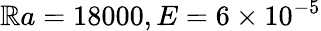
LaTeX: \mathbb{R}a=18000,E=6\times10^{-5}